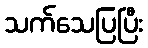
သက်သေပြပြီး